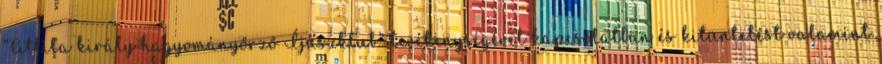
“Attila király hagyományőrző Íjászklub” tevékenységével kapcsolatban és kitüntetést valamint